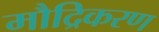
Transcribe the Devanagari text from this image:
मौद्रिकरण